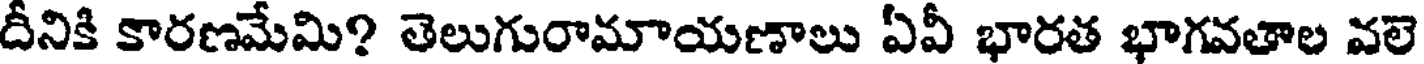
దీనికి కారణమేమి? తెలుగురామాయణాలు ఏవీ భారత భాగవతాల వలె